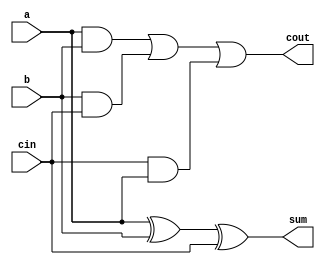
`timescale 1ns / 1ps
//////////////////////////////////////////////////////////////////////////////////
// Company: 
// Engineer: 
// 
// Design Name: 
// Module Name:    full_adder 
// Project Name: 
// Target Devices: 
// Tool versions: 
// Description: 
//
// Dependencies: 
//
// Revision: 
// Revision 0.01 - File Created
// Additional Comments: 
//
//////////////////////////////////////////////////////////////////////////////////

module full_adder(a,b,cin,sum,cout
    );
	input a;
	input b;
	input cin;
	
	output sum;
	wire sum;
	output cout;
	wire cout;
	
	assign sum = a^b^cin;
	assign cout = (a&b)|(b&cin)|(cin&a);
	

endmodule